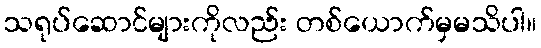
သရုပ်ဆောင်များကိုလည်း တစ်ယောက်မှမသိပါ။